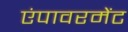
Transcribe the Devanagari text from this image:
एंपावरमेंट